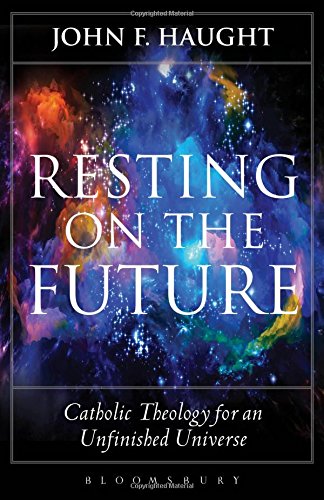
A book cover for Resting on the Future: Catholic Theology for an Unfinished Universe; John F. Haught; Religion & Spirituality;